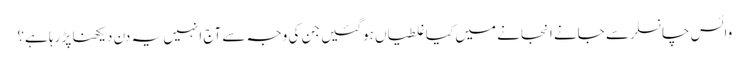
وائس چانسلر سے جانے انجانے میں کیا غلطیاں ہوگئیں جن کی وجہ سے آج انہیں یہ دن دیکھنا پڑ رہا ہے؟